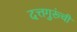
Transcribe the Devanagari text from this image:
दत्तगुरूंची